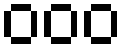
၀၀၀